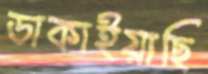
ডাকাইয়াছি